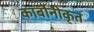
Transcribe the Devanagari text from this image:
कार्बोनीकृत